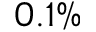
0 . 1 \%